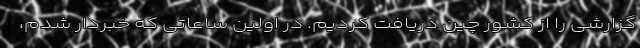
گزارشی را از کشور چین دریافت کردیم. در اولین ساعاتی که خبردار شدم،